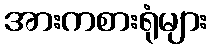
အားကစားရုံများ